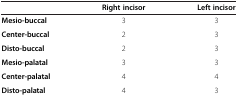
<table><thead><tr><td><b> </b></td><td><b>Right incisor</b></td><td><b>Left incisor</b></td></tr></thead><tbody><tr><td><b>Mesio-buccal</b></td><td>3</td><td>3</td></tr><tr><td><b>Center-buccal</b></td><td>2</td><td>3</td></tr><tr><td><b>Disto-buccal</b></td><td>2</td><td>3</td></tr><tr><td><b>Mesio-palatal</b></td><td>3</td><td>3</td></tr><tr><td><b>Center-palatal</b></td><td>4</td><td>4</td></tr><tr><td><b>Disto-palatal</b></td><td>4</td><td>3</td></tr></tbody></table>